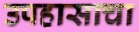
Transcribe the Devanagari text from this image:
उपहासाचा